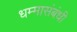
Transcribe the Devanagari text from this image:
धम्मासंबंधी